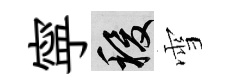
寜稷雪